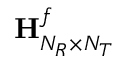
{ \bf { H } } _ { N _ { R } \times N _ { T } } ^ { f }